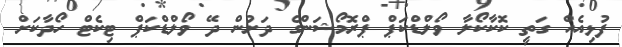
ފުޅިއެއް ގަތީ ކޮކާކޯލާ ވޯލްޑްކަޕް ޕްރޮމޯޝަންގެ ދަށުން ދޭ ވޯލްޑްކަޕް ޓިކެޓް ހޯދާކަށް